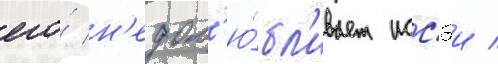
его́ н'едол'ю́бл'ивает иссэи /